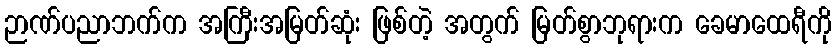
ဉာဏ်ပညာဘက်က အကြီးအမြတ်ဆုံး ဖြစ်တဲ့ အတွက် မြတ်စွာဘုရားက ခေမာထေရီကို